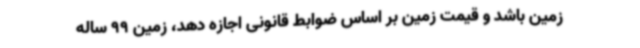
زمین باشد و قیمت زمین بر اساس ضوابط قانونی اجازه دهد، زمین 99 ساله